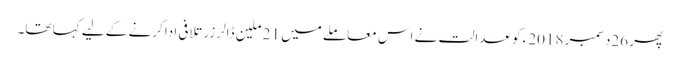
پھر 26دسمبر 2018ء کو عدالت نے اس معاملے میں 21 ملین ڈالر زر تلافی ادا کرنے کے لیے کہا تھا۔